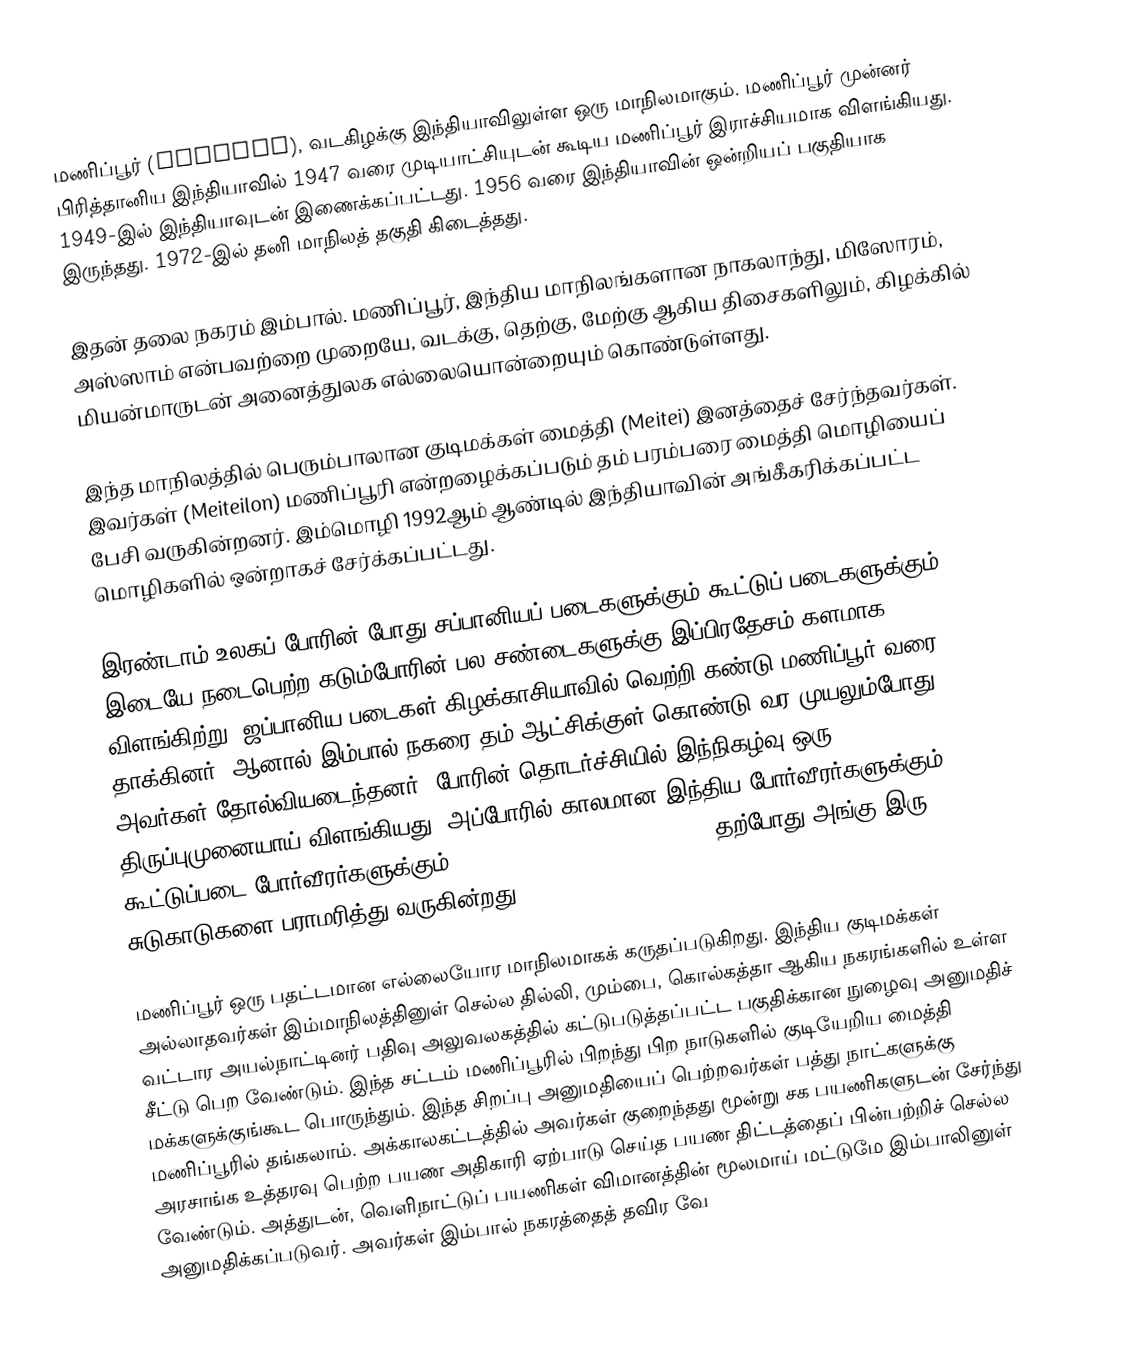
மணிப்பூர் (Manipur), வடகிழக்கு இந்தியாவிலுள்ள ஒரு மாநிலமாகும். மணிப்பூர் முன்னர் பிரித்தானிய இந்தியாவில் 1947 வரை முடியாட்சியுடன் கூடிய மணிப்பூர் இராச்சியமாக விளங்கியது. 1949-இல் இந்தியாவுடன் இணைக்கப்பட்டது. 1956 வரை இந்தியாவின் ஒன்றியப் பகுதியாக இருந்தது. 1972-இல் தனி மாநிலத் தகுதி கிடைத்தது.

இதன் தலை நகரம் இம்பால். மணிப்பூர், இந்திய மாநிலங்களான நாகலாந்து, மிஸோரம், அஸ்ஸாம் என்பவற்றை முறையே, வடக்கு, தெற்கு, மேற்கு ஆகிய திசைகளிலும், கிழக்கில் மியன்மாருடன் அனைத்துலக எல்லையொன்றையும் கொண்டுள்ளது.

இந்த மாநிலத்தில் பெரும்பாலான குடிமக்கள் மைத்தி (Meitei) இனத்தைச் சேர்ந்தவர்கள். இவர்கள் (Meiteilon) மணிப்பூரி என்றழைக்கப்படும் தம் பரம்பரை மைத்தி மொழியைப் பேசி வருகின்றனர். இம்மொழி 1992ஆம் ஆண்டில் இந்தியாவின் அங்கீகரிக்கப்பட்ட மொழிகளில் ஒன்றாகச் சேர்க்கப்பட்டது.

இரண்டாம் உலகப் போரின் போது சப்பானியப் படைகளுக்கும் கூட்டுப் படைகளுக்கும் இடையே நடைபெற்ற கடும்போரின் பல சண்டைகளுக்கு இப்பிரதேசம் களமாக விளங்கிற்று. ஜப்பானிய படைகள் கிழக்காசியாவில் வெற்றி கண்டு மணிப்பூர் வரை தாக்கினர். ஆனால் இம்பால் நகரை தம் ஆட்சிக்குள் கொண்டு வர முயலும்போது அவர்கள் தோல்வியடைந்தனர். போரின் தொடர்ச்சியில் இந்நிகழ்வு ஒரு திருப்புமுனையாய் விளங்கியது. அப்போரில் காலமான இந்திய போர்வீரர்களுக்கும் கூட்டுப்படை போர்வீரர்களுக்கும் British War Graves Commission தற்போது அங்கு இரு சுடுகாடுகளை பராமரித்து வருகின்றது.

மணிப்பூர் ஒரு பதட்டமான எல்லையோர மாநிலமாகக் கருதப்படுகிறது. இந்திய குடிமக்கள் அல்லாதவர்கள் இம்மாநிலத்தினுள் செல்ல தில்லி, மும்பை, கொல்கத்தா ஆகிய நகரங்களில் உள்ள வட்டார அயல்நாட்டினர் பதிவு அலுவலகத்தில் கட்டுபடுத்தப்பட்ட பகுதிக்கான நுழைவு அனுமதிச் சீட்டு பெற வேண்டும். இந்த சட்டம் மணிப்பூரில் பிறந்து பிற நாடுகளில் குடியேறிய மைத்தி மக்களுக்குங்கூட பொருந்தும். இந்த சிறப்பு அனுமதியைப் பெற்றவர்கள் பத்து நாட்களுக்கு மணிப்பூரில் தங்கலாம். அக்காலகட்டத்தில் அவர்கள் குறைந்தது மூன்று சக பயணிகளுடன் சேர்ந்து அரசாங்க உத்தரவு பெற்ற பயண அதிகாரி ஏற்பாடு செய்த பயண திட்டத்தைப் பின்பற்றிச் செல்ல வேண்டும். அத்துடன், வெளிநாட்டுப் பயணிகள் விமானத்தின் மூலமாய் மட்டுமே இம்பாலினுள் அனுமதிக்கப்படுவர். அவர்கள் இம்பால் நகரத்தைத் தவிர வே